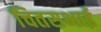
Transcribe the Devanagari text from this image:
चितसभाई